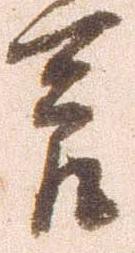
節